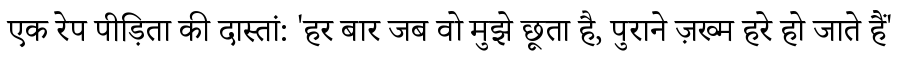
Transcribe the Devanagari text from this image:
एक रेप पीड़िता की दास्तां: 'हर बार जब वो मुझे छूता है, पुराने ज़ख्म हरे हो जाते हैं'